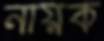
নায়ক